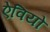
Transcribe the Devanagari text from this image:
ऐवियो